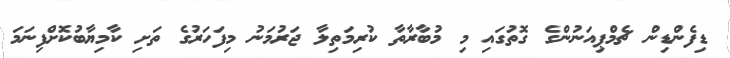
ޑިފެންޑިން ޗެމްޕިއަނުންގެ ގޮތުގައި މި މުބާރާތާ ކުރިމަތިލާ ޖަރުމަނު މިފަހަރުގެ ތަށި ކާމިޔާބުކޮށްފިނަމަ